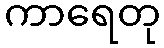
ကာရေတု